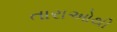
તારાઓથી